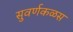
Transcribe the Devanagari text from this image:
सुवर्णकळस